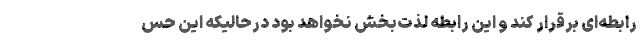
رابطه‌ای برقرار کند و این رابطه لذت‌بخش نخواهد بود درحالیکه این حس